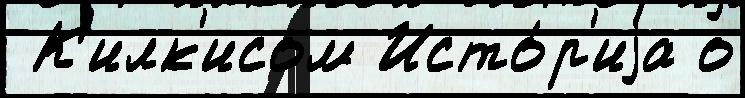
 К'илк'исом Исто́р'иjа о